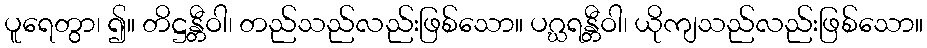
ပူရေတွာ၊ ၍။ တိဋ္ဌန္တီဝါ၊ တည်သည်လည်းဖြစ်သော။ ပဂ္ဃရန္တီဝါ၊ ယိုကျသည်လည်းဖြစ်သော။